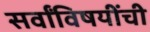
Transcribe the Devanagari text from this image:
सर्वांविषयींची